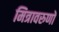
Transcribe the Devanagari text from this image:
मित्रावरुणों